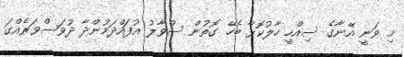
މި ވަނީ އޭނާގެ ސިއްހީ ހާލުކޮޅާ ބެހޭ ގޮތުން ސުވާލު އުފައްދަމުންދާ ދުވަސްވަރެއްގަ